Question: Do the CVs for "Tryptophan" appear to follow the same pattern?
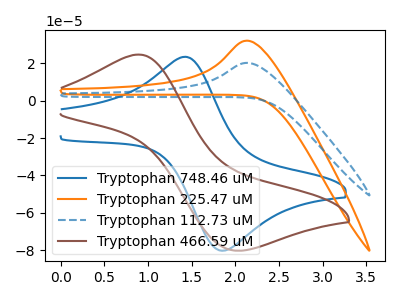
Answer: <think>The blue curve "Tryptophan 748.46 uM" has an anodic peak at (1.40V, 23.55uA) and a cathodic peak at (1.90V, -80.30uA). The orange curve "Tryptophan 225.47 uM" has an anodic peak at: (2.15V, 32.25uA). The blue dashed curve "Tryptophan 112.73 uM" has an anodic peak at: (2.15V, 20.35uA). The brown curve "Tryptophan 466.59 uM" has an anodic peak at (0.90V, 24.80uA) and a cathodic peak at (2.00V, -80.30uA).
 "Tryptophan 748.46 uM" and "Tryptophan 225.47 uM" have a different number of peaks. "Tryptophan 748.46 uM" and "Tryptophan 112.73 uM" have a different number of peaks. "Tryptophan 748.46 uM" and "Tryptophan 466.59 uM" have at least one peak that do not match. All the peaks in "Tryptophan 225.47 uM" have a peak in "Tryptophan 112.73 uM" at the same potential. Every peak in "Tryptophan 225.47 uM" is higher than every peak in "Tryptophan 112.73 uM". "Tryptophan 225.47 uM" and "Tryptophan 466.59 uM" have a different number of peaks. "Tryptophan 112.73 uM" and "Tryptophan 466.59 uM" have a different number of peaks.</think>
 <answer>All the CV's of "Tryptophan" have similar shape.</answer>
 <eval>follow_rule</eval>